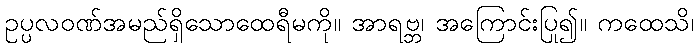
ဥပ္ပလဝဏ်အမည်ရှိသောထေရီမကို။ အာရဗ္ဘ၊ အကြောင်းပြု၍။ ကထေသိ၊